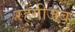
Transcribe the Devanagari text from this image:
रहेगीजब